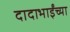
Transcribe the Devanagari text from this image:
दादाभाईंच्या